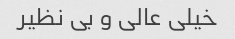
خیلی عالی و بی نظیر